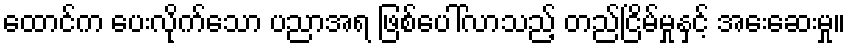
ထောင်က ပေးလိုက်သော ပညာအရ ဖြစ်ပေါ်လာသည့် တည်ငြိမ်မှုနှင့် အေးဆေးမှု။